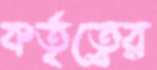
কর্তৃত্বের